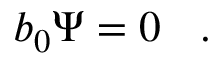
b _ { 0 } \Psi = 0 \left. \right. \ .